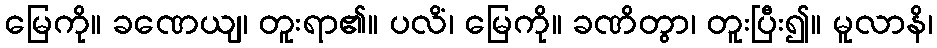
မြေကို။ ခဏေယျ၊ တူးရာ၏။ ပလိံ၊ မြေကို။ ခဏိတွာ၊ တူးပြီး၍။ မူလာနိ၊